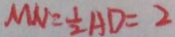
M N = \frac { 1 } { 2 } A D = 2